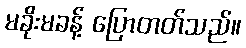
မခိုးမခန့် ပြောတတ်သည်။